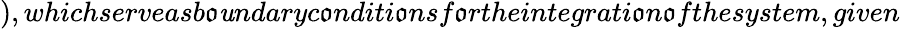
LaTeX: ),whichserveasb\mathfrak{o}\mathit{u}ndaryc\mathfrak{o}nditi\mathfrak{o}nsf\mathfrak{o}rtheintegrati\mathfrak{o}n\mathfrak{o}fthesystem,given